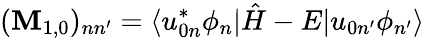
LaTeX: (\mathbf{M}_{1,0})_{nn^{\prime}}=\langle u_{0n}^{*}\phi_{n}|\hat{H}-E|u_{0n^{\prime}}\phi_{n^{\prime}}\rangle